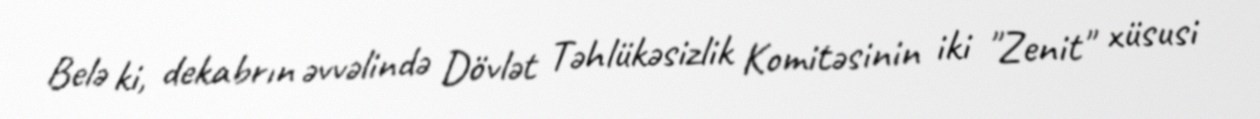
Belə ki, dekabrın əvvəlində Dövlət Təhlükəsizlik Komitəsinin iki "Zenit" xüsusi